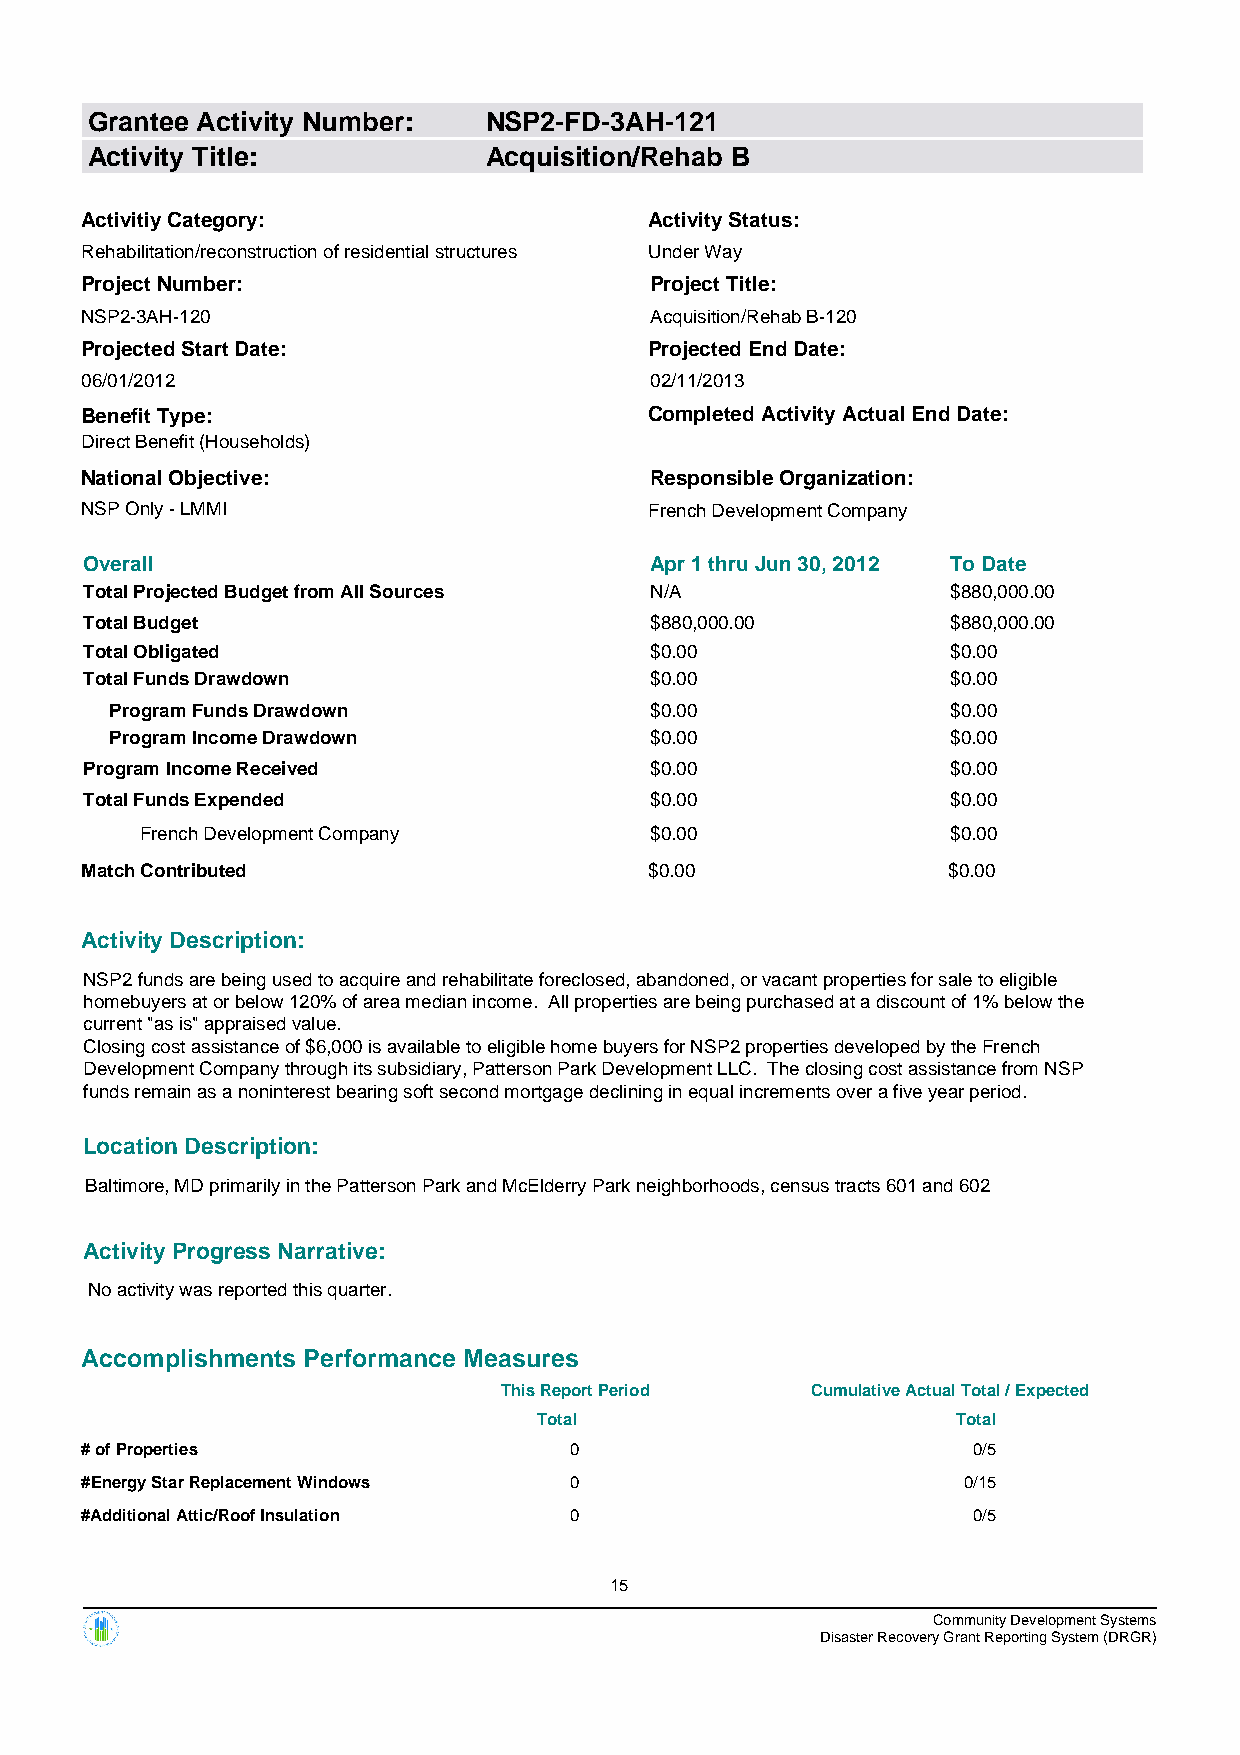
Grantee Activity Number:  NSP2-FD-3AH-121
 Activity Title:           Acquisition/Rehab B
 Activitiy Category:                   Activity Status:
 Rehabilitation/reconstruction of residential structures Under Way
 Project Number:                       Project Title:
 NSP2-3AH-120                          Acquisition/Rehab B-120
 Projected Start Date:                 Projected End Date:
 06/01/2012                            02/11/2013
 Benefit Type:                         Completed Activity Actual End Date:
 Direct Benefit (Households)
 National Objective:                   Responsible Organization:
 NSP Only - LMMI                       French Development Company
 Overall                              Apr 1 thru Jun 30, 2012 To Date
 Total Projected Budget from All Sources N/A              $880,000.00
 Total Budget                         $880,000.00         $880,000.00
 Total Obligated                      $0.00               $0.00
 Total Funds Drawdown                 $0.00               $0.00
 Program Funds Drawdown              $0.00               $0.00
 Program Income Drawdown             $0.00               $0.00
 Program Income Received              $0.00               $0.00
 Total Funds Expended                 $0.00               $0.00
 French Development Company        $0.00               $0.00
 Match Contributed                     $0.00               $0.00
 Activity Description:
 NSP2 funds are being used to acquire and rehabilitate foreclosed, abandoned, or vacant properties for sale to eligible
 homebuyers at or below 120% of area median income. All properties are being purchased at a discount of 1% below the
 current "as is" appraised value.
 Closing cost assistance of $6,000 is available to eligible home buyers for NSP2 properties developed by the French
 Development Company through its subsidiary, Patterson Park Development LLC. The closing cost assistance from NSP
 funds remain as a noninterest bearing soft second mortgage declining in equal increments over a five year period.
 Location Description:
 Baltimore, MD primarily in the Patterson Park and McElderry Park neighborhoods, census tracts 601 and 602
 Activity Progress Narrative:
 No activity was reported this quarter.
 Accomplishments Performance Measures
 This Report Period   Cumulative Actual Total / Expected
 Total                      Total
 # of Properties                  0                         0/5
 #Energy Star Replacement Windows 0                         0/15
 #Additional Attic/Roof Insulation 0                        0/5
 15
 Community Development Systems
 Disaster Recovery Grant Reporting System (DRGR)